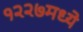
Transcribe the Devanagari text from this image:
१२२७मध्ये